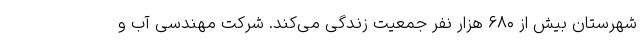
شهرستان بیش از ۶۸۰ هزار نفر جمعیت زندگی می‌کند. شرکت مهندسی آب و